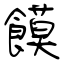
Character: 饃